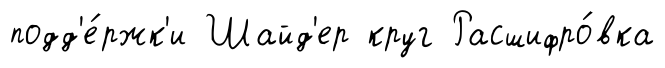
подд'е́ржк'и Шайд'ер круг Расшифро́вка